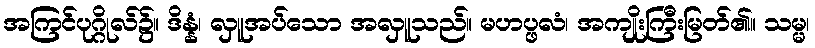
အကြင်ပုဂ္ဂိုလ်၌။ ဒိန္နံ၊ လှူအပ်သော အလှူသည်။ မဟပ္ဖလံ၊ အကျိုးကြီးမြတ်၏။ သမ္မ၊